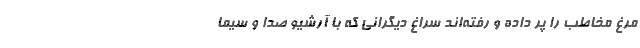
مرغ مخاطب را پر داده و رفته‌اند سراغ دیگرانی که با آرشیو صدا و سیما